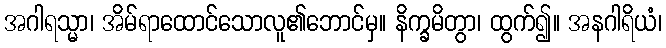
အဂါရသ္မာ၊ အိမ်ရာထောင်သောလူ၏ဘောင်မှ။ နိက္ခမိတွာ၊ ထွက်၍။ အနဂါရိယံ၊